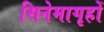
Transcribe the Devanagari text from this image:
सिनेमागृहों